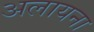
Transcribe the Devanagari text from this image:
अलायना